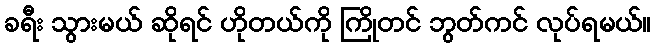
ခရီး သွားမယ် ဆိုရင် ဟိုတယ်ကို ကြိုတင် ဘွတ်ကင် လုပ်ရမယ်။